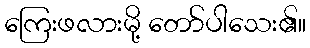
ကြေးဖလားမို့ တော်ပါသေး၏။